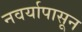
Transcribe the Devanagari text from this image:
नवर्यापासून